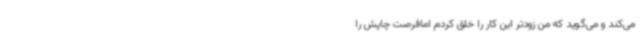
می‌کند و می‌گوید که من زودتر این کار را خلق کردم امافرصت چاپش را